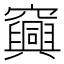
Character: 𥩆